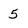
Character: 5